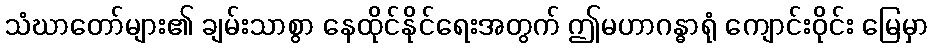
သံဃာတော်များ၏ ချမ်းသာစွာ နေထိုင်နိုင်ရေးအတွက် ဤမဟာဂန္ဓာရုံ ကျောင်းဝိုင်း မြေမှာ